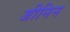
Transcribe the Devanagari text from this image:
जीनिन